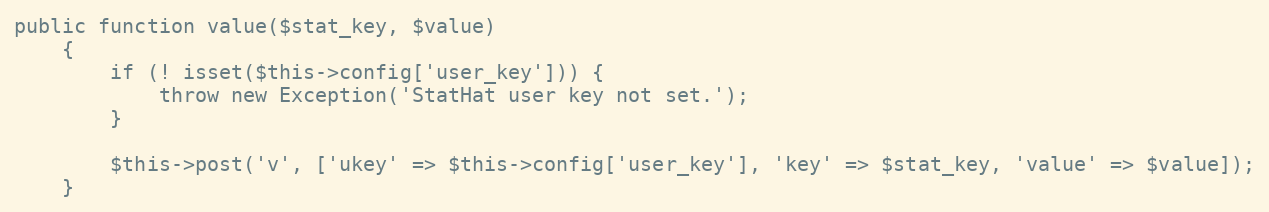
Language: PHP
public function value($stat_key, $value)
    {
        if (! isset($this->config['user_key'])) {
            throw new Exception('StatHat user key not set.');
        }

        $this->post('v', ['ukey' => $this->config['user_key'], 'key' => $stat_key, 'value' => $value]);
    }